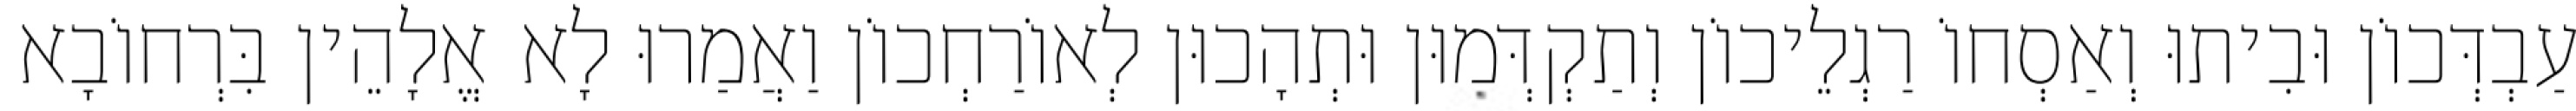
עַבְדְּכוֹן וּבִיתוּ וְאַסְחוֹ רַגְלֵיכוֹן וְתַקְדְּמוּן וּתְהָכוּן לְאוֹרַחְכוֹן וַאֲמַרוּ לָא אֱלָהֵין בִּרְחוֹבָא